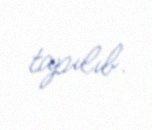
tapılıb.